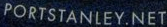
PORTSTANLEY.NET